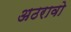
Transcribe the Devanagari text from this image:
अठरावो